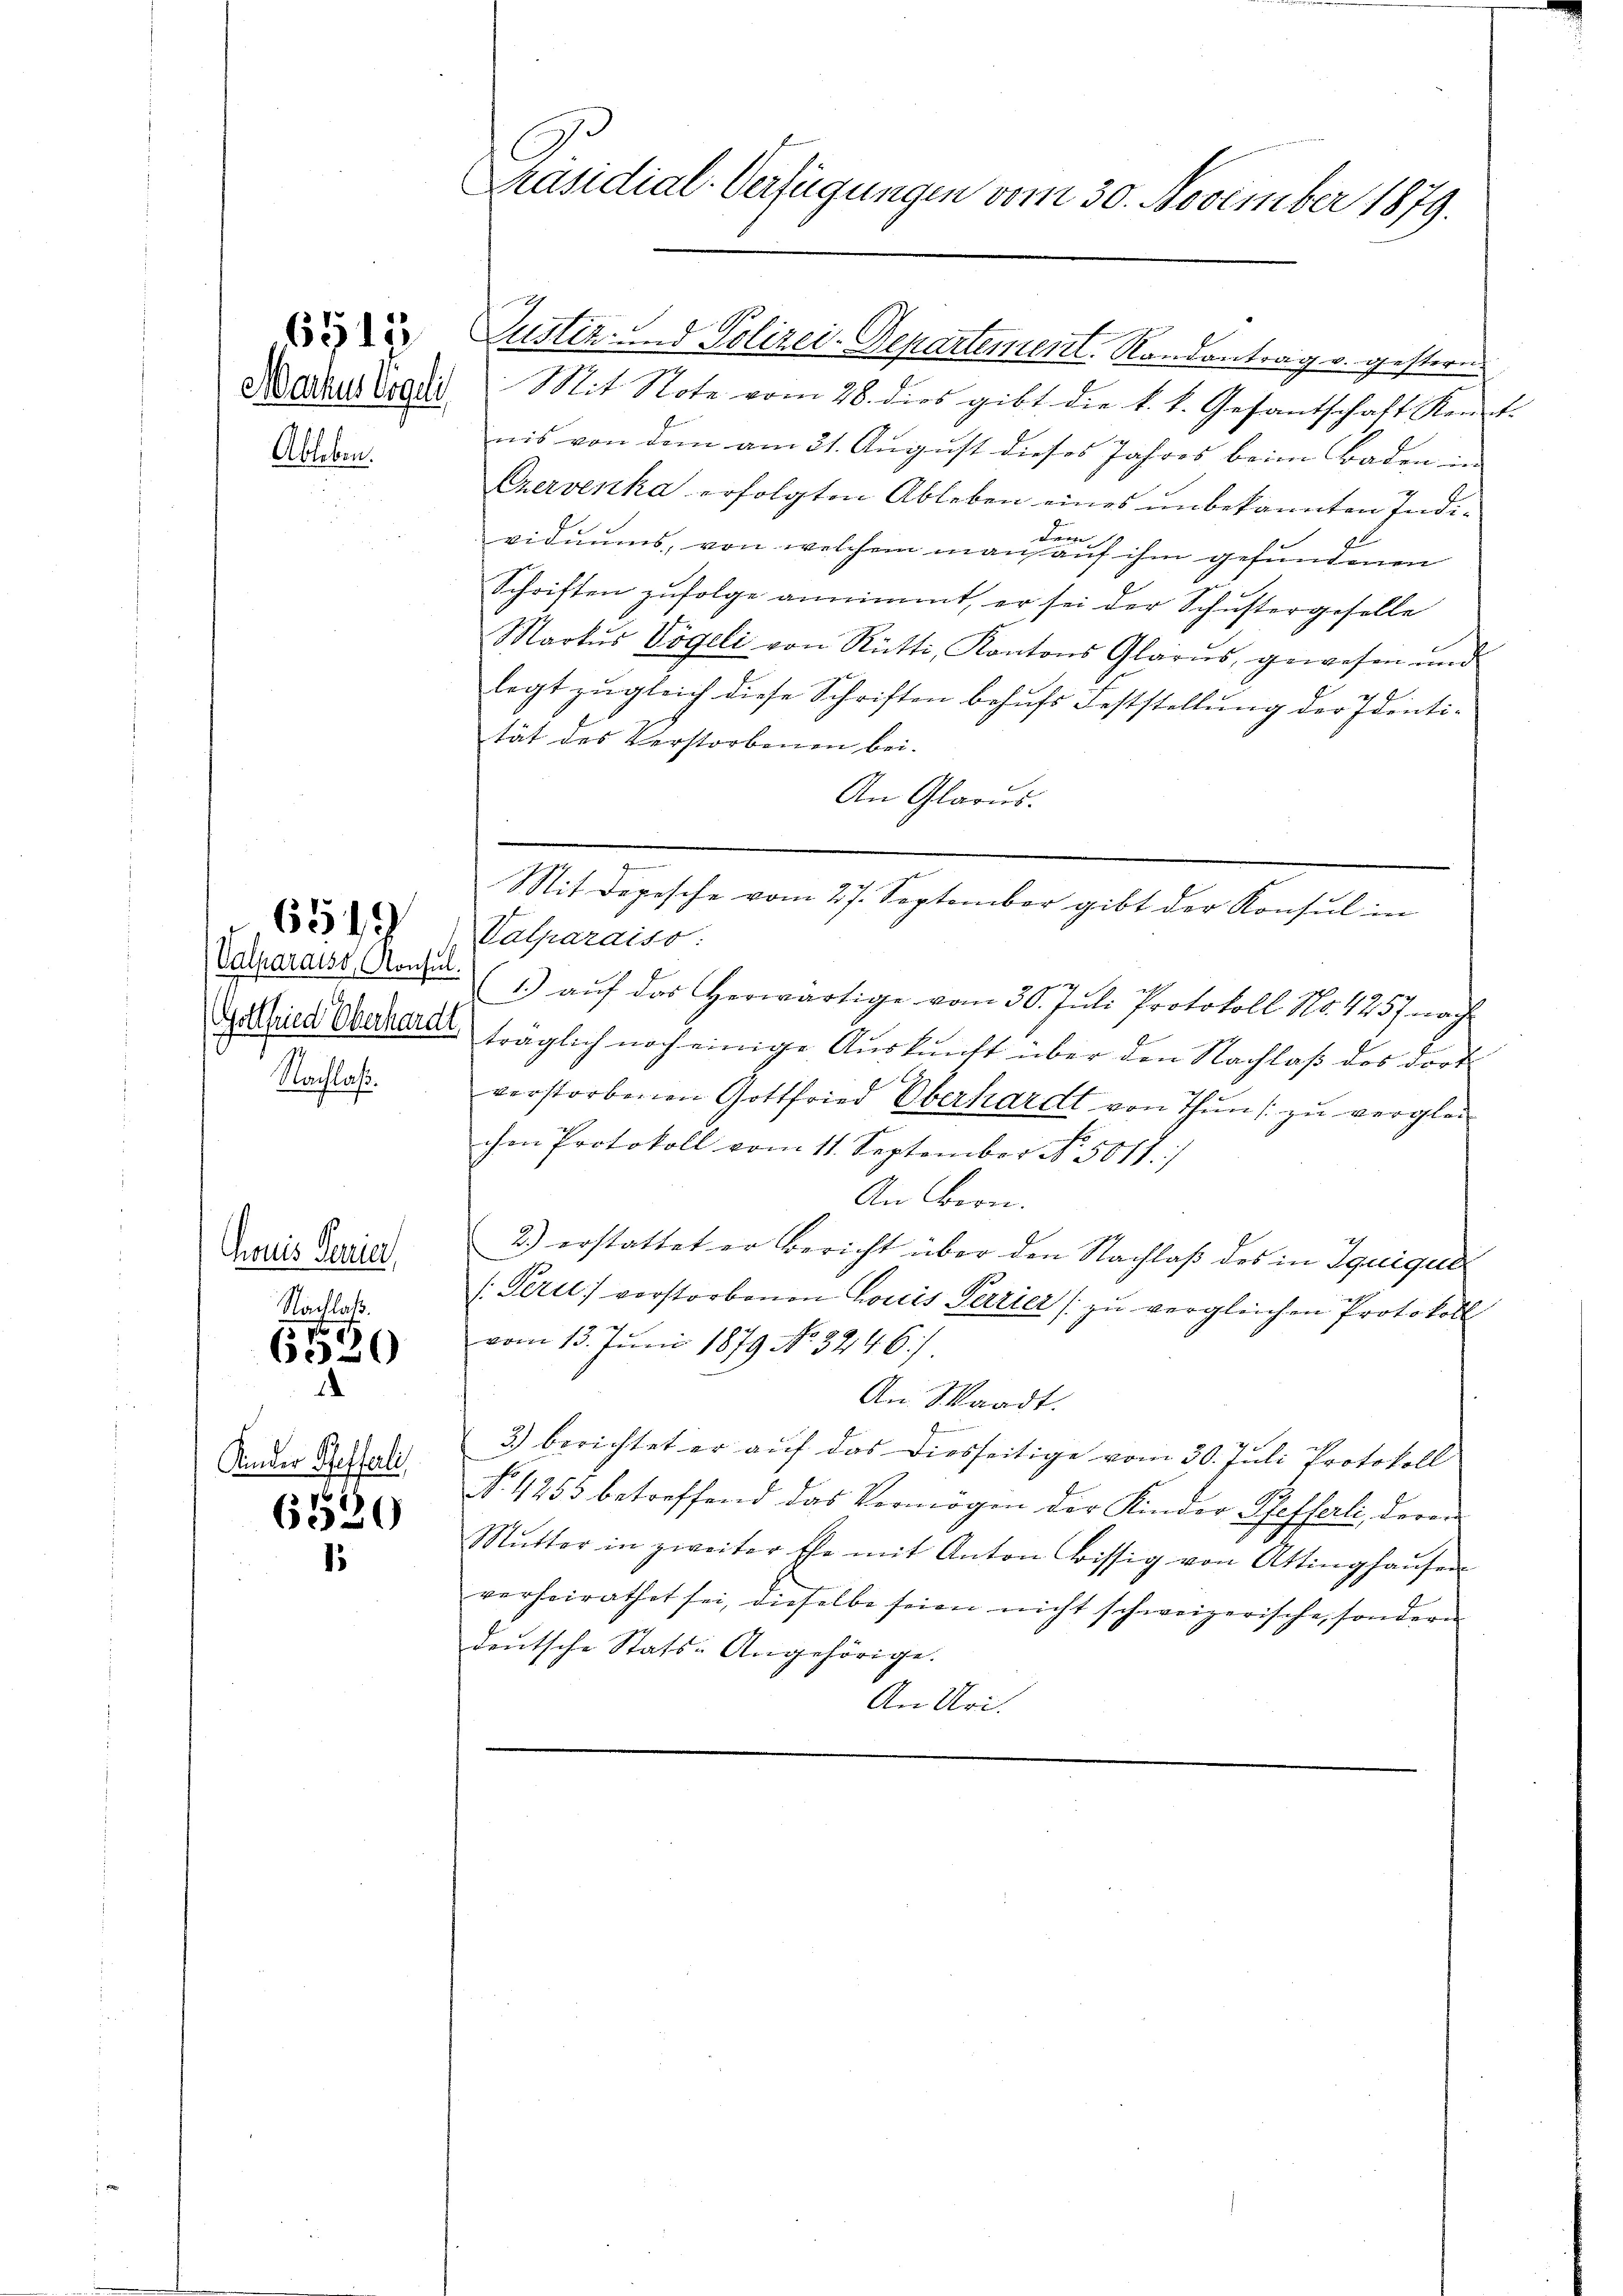
Marchus Vögeli

Ableben.

6512

Calparaiss, Konsul
Gottfried Oberhardt

6549

Nachlaß.

honis Senia
Nachlass

16
6030

Kinder Pfefferli

6520
1

Präsidial-Verfügungen vom 30. November 1879.

Mit Note vom 28. dies gibt die k. k. Gesantschaft Kent-
nis von dem am 21. August dieses Jahres beim Baden in
Czervenka erfolgten Ableben eines unbekannten Individiums, von welchem man auf ihm gefundenen
Schriften zufolge annimmt, er sei der Schustergeselle
Markŭs Vögeli von Rütti, Kantons Glarus, gewesen und
legt zugleich diese Schriften behufs Feststellung der Identität des Verstorbenen bei.
An Glarus.
-

Justiz- und Polizei-Departement. Randantrag v. gestern

Mit Depesche vom 27. September gibt der Konsul in
Valparaiso

(1.) auf das herwärtige vom 30. Juli Protokoll No. 4257 nach
träglich noch einige Auskunft über den Nachlaß des dort
E
verstorbenen Gottfrier Oberhardt von Thun zu verglei
chen Protokoll vom 11. September No. 5011./
An Bern.
2.) erstattet er bericht über den Nachlaß des in Iquigue
(: Perić verstorbenen Louis Perrier (zu vergleichen Protokoll
vom 13. Juni 1879 No 3246/
An Waadt.
3) berichtet er auf das diesseitige vom 30. Juli Protokoll
No. 1253 betreffend das Vermögen der Kinder Pfefferli, deren
Mŭtter in zweiter Ehe mit Anton bissig von Attinghaŭsen
verheirathet sei, dieselbe seien nicht schweizerische, sondern
deŭtsche Stats-Angehörige.
An Uri.